Indian journal of veterinary science and animal husbandry - Volume 1,
Year: 1931
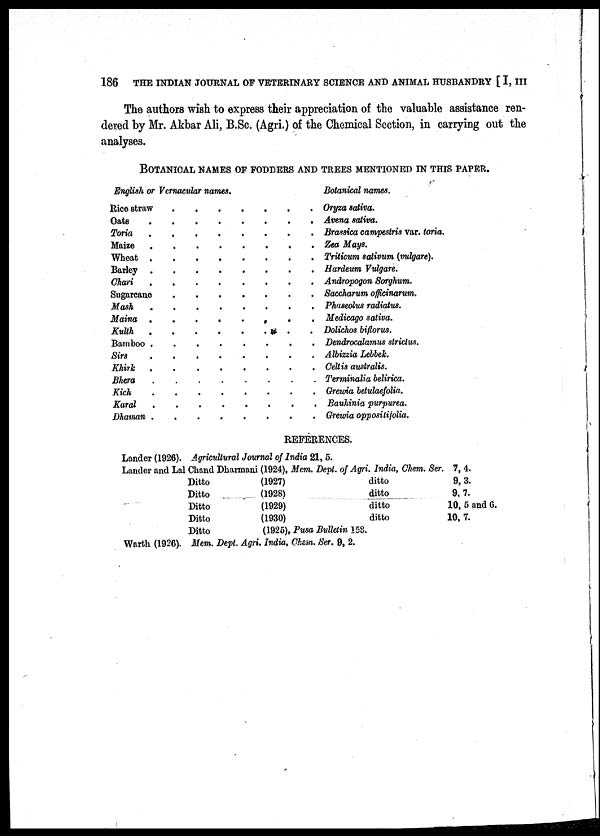
186 THE INDIAN JOURNAL OF VETERINARY SCIENCE AND ANIMAL HUSBANDRY [ I, III
The authors wish to express their appreciation of the valuable assistance ren-
dered by Mr. Akbar Ali, B.Sc. (Agri.) of the Chemical Section, in carrying out the
analyses.
BOTANICAL NAMES OF FODDERS AND TREES MENTIONED IN THIS PAPER.
English or Vernacular names.
Rice straw
Oats
Toria
Maize
Wheat
Barley
Chari
.
.
.
.
.
.
Sugarcane
Mash
Maina
Kulth
Bamboo
Sirs
Khirk
Bhera
Kich
Karal
Dhaman
.
.
.
.
.
.
.
.
.
.
.
.
.
.
.
.
.
.
.
.
.
.
.
.
.
.
.
.
.
.
.
.
.
.
.
.
.
.
.
.
.
.
.
.
.
.
.
.
.
.
.
.
.
.
.
.
.
.
.
.
.
.
.
.
.
.
.
.
.
.
.
.
.
.
.
.
.
.
.
.
.
.
.
.
.
.
.
.
.
.
.
.
.
.
.
.
.
.
.
.
Botanical names.
Oryza sativa.
Avena sativa.
Brassica campestris var. toria.
Zea Mays.
Triticum sativum (vulgare).
Hardeum Vulgare.
Andropogon Sorghum.
Saccharum officinarum.
Phaseolus radiatus.
Medicago sativa.
Dolichos biflorus.
Dendrocalamus strictus.
Albizzia Lebbek.
Celtis australis.
Terminalia belirica.
Grewia berulaefolia.
Bauhinia purpurea.
Grewia oppositifolia.
REFERENCES.
Lander (1926). Agricultural Journal of India 21, 5.
Lander and Lal Chand Dharmani
Ditto
Ditto
Ditto
Ditto
Ditto
(1924),
(1927)
(1928)
(1929)
(1930)
(1925),
Mem. Dept. of Agri.
Pusa Bulletin 158.
India,
ditto
ditto
ditto
ditto
Chem. Ser. 7, 4.
9, 3.
9, 7.
10, 5 and 6.
10, 7.
Warth (1926). Mem. Dept. Agri. India, Chem. Ser. 9, 2.